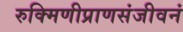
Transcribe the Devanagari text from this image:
रुक्मिणीप्राणसंजीवनं